Annual administration report of the Bombay Presidency - 1887-1892
Year: 1887
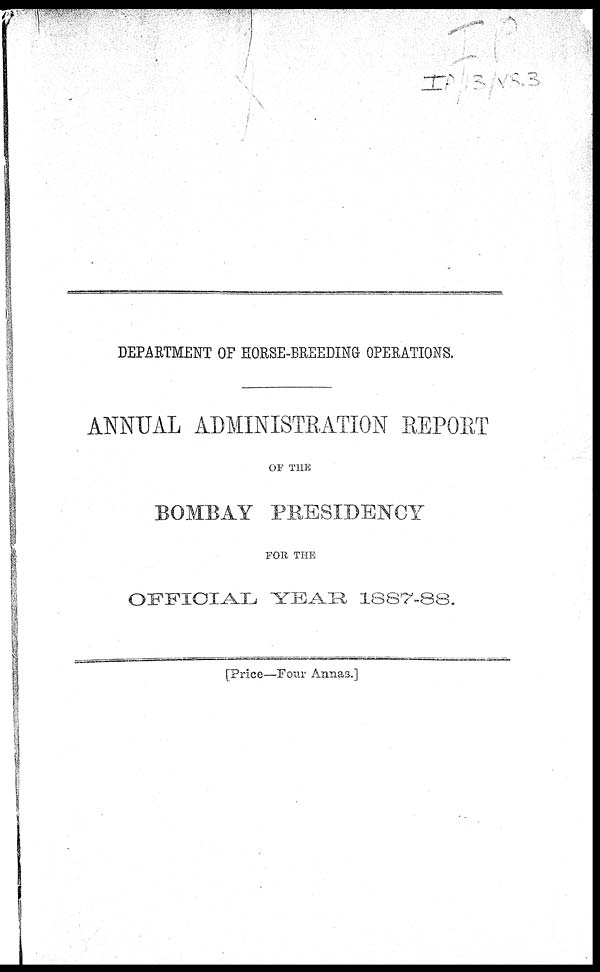
DEPARTMENT OF HORSE-BREEDING OPERATIONS.
ANNUAL ADMINISTRATION REPORT
OF THE
BOMBAY PRESIDENCY
FOR THE
OFFICIAL YEAR 1887-88.
[Price—Four Annas.]